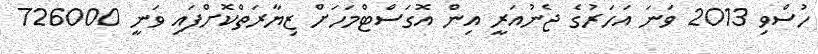
ހުސްވި 2013 ވަނަ އަހަރުގެ ޖެނުއަރީ އިން އޮގަސްޓްމަހަށް ޒިޔާރަތްކޮށްފައި ވަނީ 726000